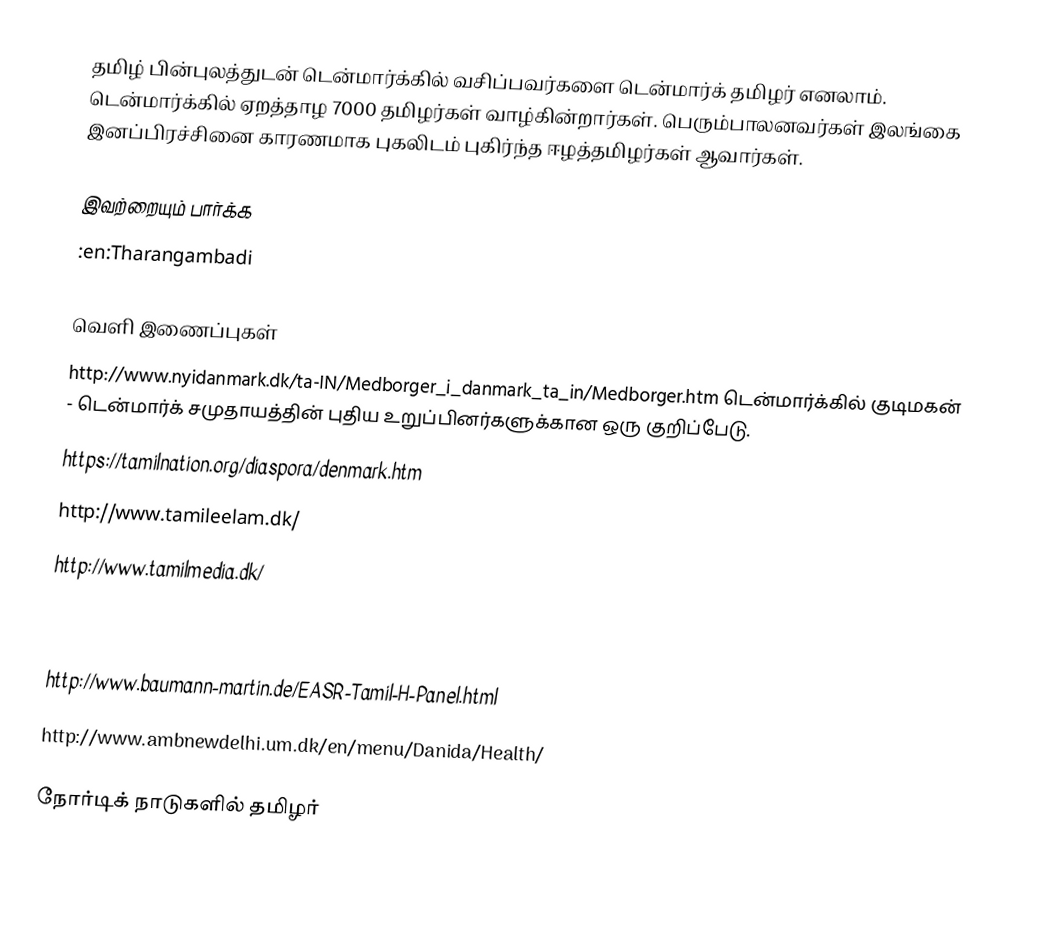
தமிழ் பின்புலத்துடன் டென்மார்க்கில் வசிப்பவர்களை டென்மார்க் தமிழர் எனலாம்.  டென்மார்க்கில் ஏறத்தாழ 7000 தமிழர்கள் வாழ்கின்றார்கள்.  பெரும்பாலனவர்கள் இலங்கை இனப்பிரச்சினை காரணமாக புகலிடம் புகிர்ந்த ஈழத்தமிழர்கள் ஆவார்கள்.

இவற்றையும் பார்க்க
 :en:Tharangambadi

வெளி இணைப்புகள்
 http://www.nyidanmark.dk/ta-IN/Medborger_i_danmark_ta_in/Medborger.htm  டென்மார்க்கில் குடிமகன் - டென்மார்க் சமுதாயத்தின் புதிய உறுப்பினர்களுக்கான ஒரு குறிப்பேடு.
 https://tamilnation.org/diaspora/denmark.htm
 http://www.tamileelam.dk/
 http://www.tamilmedia.dk/
 http://www.urmila.de/DesisinD/Europa/denmark.html Denmark: Welcoming many
 http://www.worldpress.org/Asia/2529.cfm
 http://www.baumann-martin.de/EASR-Tamil-H-Panel.html
 http://www.ambnewdelhi.um.dk/en/menu/Danida/Health/

நோர்டிக் நாடுகளில் தமிழர்